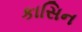
કાસિન